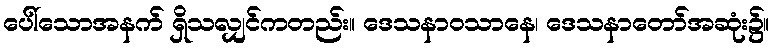
ပေါ်သောအနက် ရှိသလျှင်ကတည်း။ ဒေသနာဝသာနေ၊ ဒေသနာတော်အဆုံး၌။